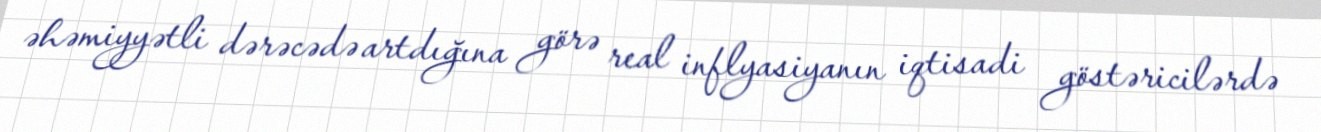
əhəmiyyətli dərəcədə artdığına görə real inflyasiyanın iqtisadi göstəricilərdə